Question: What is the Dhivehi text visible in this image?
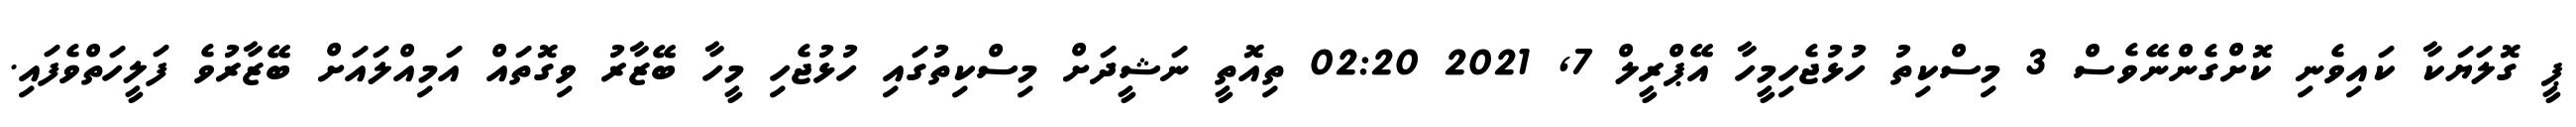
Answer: ޕީ ގޮލަޔަކާ ކައިވެނި ކޮށްގެންނޭވެސް 3 މިސްކިތު ހުޅުޖެހިމީހާ އޭޕްރީލް 7, 2021 02:20 ތިއޮތީ ނަޝީދަށް މިސްކިތުގައި ހުޅުޖެހި މީހާ ބޭޒާރު ވިގޮތައް އަމިއްލައަށް ބޭޒާރުވެ ފަލީހަތްވެފައި.